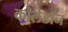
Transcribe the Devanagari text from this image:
कोलेडॉन